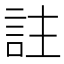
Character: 註